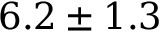
6 . 2 \pm 1 . 3